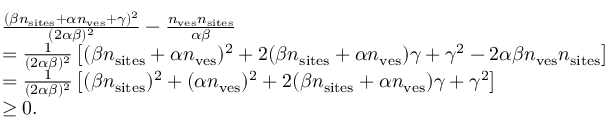
\begin{array} { r l } & { \frac { ( \beta n _ { \mathrm { s i t e s } } + \alpha n _ { \mathrm { v e s } } + \gamma ) ^ { 2 } } { ( 2 \alpha \beta ) ^ { 2 } } - \frac { n _ { \mathrm { v e s } } n _ { \mathrm { s i t e s } } } { \alpha \beta } } \\ & { = \frac { 1 } { ( 2 \alpha \beta ) ^ { 2 } } \left[ ( \beta n _ { \mathrm { s i t e s } } + \alpha n _ { \mathrm { v e s } } ) ^ { 2 } + 2 ( \beta n _ { \mathrm { s i t e s } } + \alpha n _ { \mathrm { v e s } } ) \gamma + \gamma ^ { 2 } - 2 \alpha \beta n _ { \mathrm { v e s } } n _ { \mathrm { s i t e s } } \right] } \\ & { = \frac { 1 } { ( 2 \alpha \beta ) ^ { 2 } } \left[ ( \beta n _ { \mathrm { s i t e s } } ) ^ { 2 } + ( \alpha n _ { \mathrm { v e s } } ) ^ { 2 } + 2 ( \beta n _ { \mathrm { s i t e s } } + \alpha n _ { \mathrm { v e s } } ) \gamma + \gamma ^ { 2 } \right] } \\ & { \geq 0 . } \end{array}